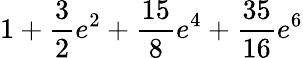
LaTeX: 1+\frac{3}{2}e^{2}+\frac{15}{8}e^{4}+\frac{35}{16}e^{6}